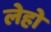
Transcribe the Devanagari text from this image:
लेहो